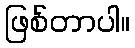
ဖြစ်တာပါ။